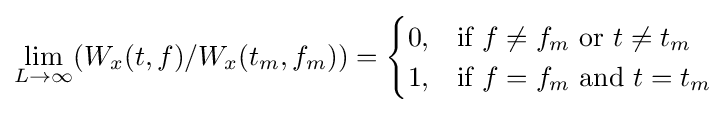
\lim _{L\to \infty }(W_{x}(t,f)/W_{x}(t_{m},f_{m}))={\begin{cases}0,&{\text{if }}f\neq f_{m}{\text{  or }}t\neq t_{m}{\text{ }}\\1,&{\text{if }}f=f_{m}{\text{ and }}t=t_{m}\end{cases}}